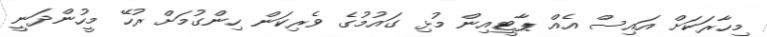
މިހާރަކަށް އައިސް އެއް ޕާޓީއިން މުޅި ގައުމުގެ ވެރިކަން ހިންގުމަށް ރުހޭ މީހުންދަނީ